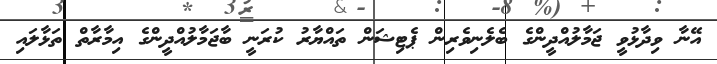
އޭނާ ވިދާޅުވީ ޖަމާލުއްދީންގެ ބެލެނިވެރިން ޕެޓިޝަން ތައްޔާރު ކުރަނީ ބާޖަމާލުއްދީންގެ އިމާރާތް ތަޅާލައި